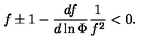
{ f \pm 1 - { \frac { d f } { d \ln \Phi } } { \frac { 1 } { f ^ { 2 } } } < 0 . }